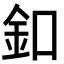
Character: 釦